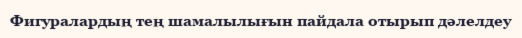
Фигуралардың тең шамалылығын пайдала отырып дәлелдеу